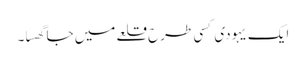
ایک یہودی کسی طرح قلعے میں جا گھسا۔